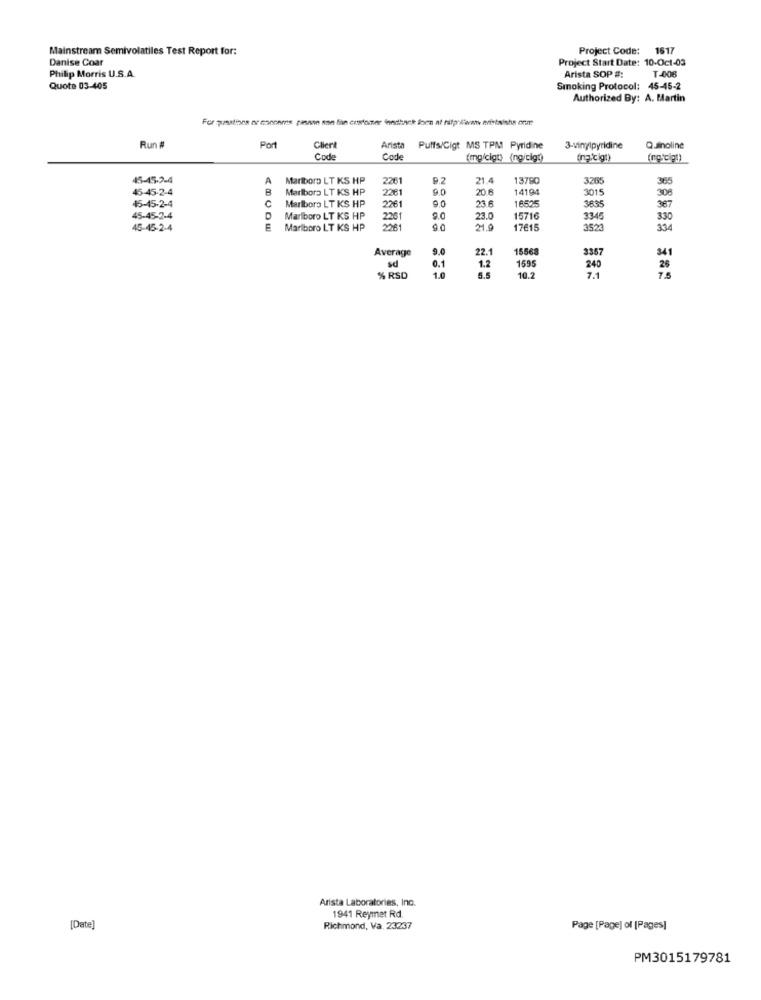
Mainstream Semivolatiles Test Report for:
Project Code: 1617
Danise Coar
Project Start Date: 10-Oct-03
Arista SOP #:
T-408
Philip Morris U.S.A.
Quote 03-405
Smoking Protocol: 45-45-2
Authorized By: A. Martin
Run #
Port
Clier
Arista
Puffs/Cigt MS TPM Pyridine
3-vinylpyridine
Quinoline
Code
Code
(mgicigt) (ng/cig?)
(ing.'cigt)
45-45-2-4
A
Marlboro LT KS HP
2261
9.2
21.4
13790
3265
365
45-45-2-4
8
Marlboro LT KS HP
9.0
20.6
14194
3015
45-45-2-4
C
Marlboro LT KS HP
2261
23.6
16525
308
2261
3635
367
45-45-2-4
D
Marlboro LT KS HP
2261
9.0
23.0
15716
3345
330
45-45-2-4
E
Mariboro LT KS HP
2261
9.0
21.9
1761!
3523
334
Average
9.0
22.1
15568
3357
sd
0.1
341
1.2
1595
240
26
% RSD
1.0
10.2
7.1
7.5
Arista Laboratories, Ino.
1941 Reymet Rd.
[Date]
Richmond, Va. 23237
Page [Page) ol [Pages]
PM3015179781